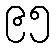
၉၅